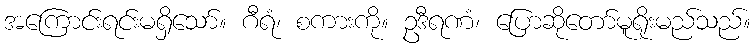
အကြောင်းရင်းမရှိသော်။ ဂီရံ၊ စကားကို။ ဥဒီရဏံ၊ ပြောဆိုတော်မူရိုးမည်သည်။